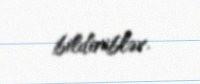
bildiriblər.